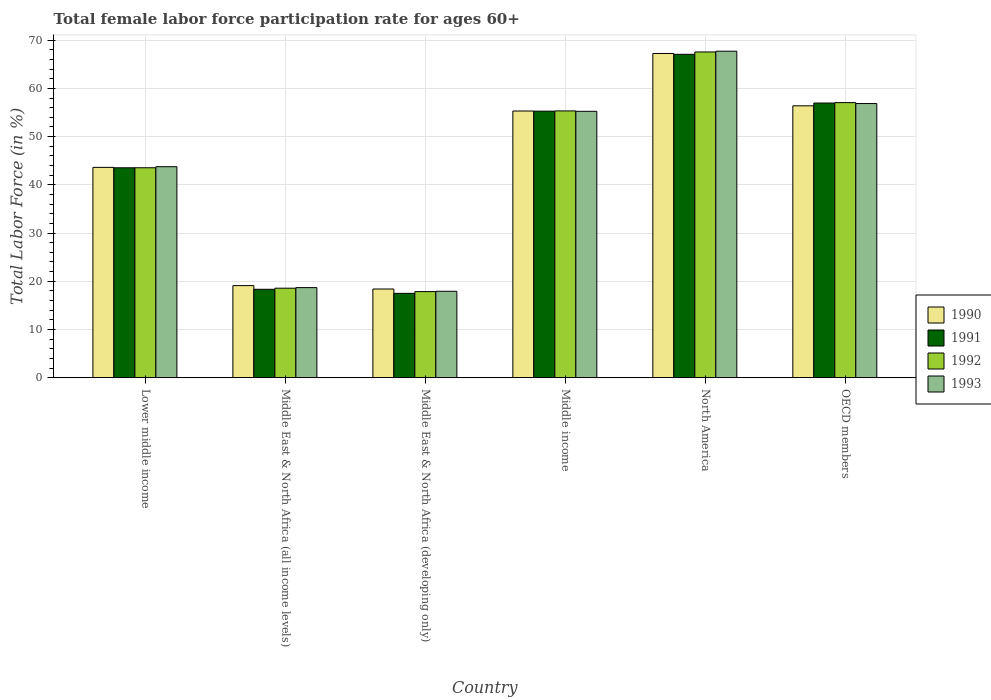
| Country | 1990 | 1991 | 1992 | 1993 |
 | --- | --- | --- | --- | --- |
 | Lower middle income | 43.6 | 43.5 | 43.5 | 43.8 |
 | Middle East & North Africa (all income levels) | 19.1 | 18.3 | 18.6 | 18.7 |
 | Middle East & North Africa (developing only) | 18.4 | 17.5 | 17.8 | 17.9 |
 | Middle income | 55.3 | 55.3 | 55.3 | 55.2 |
 | North America | 67.2 | 67.1 | 67.6 | 67.7 |
 | OECD members | 56.4 | 57 | 57 | 56.9 |